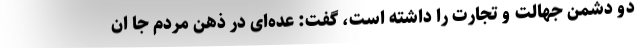
دو دشمن جهالت و تجارت را داشته است، گفت: عده‌ای در ذهن مردم جا ان